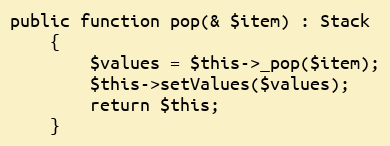
Language: PHP
public function pop(& $item) : Stack
    {
        $values = $this->_pop($item);
        $this->setValues($values);
        return $this;
    }